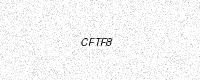
Text: CFTF8